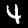
Label: 4